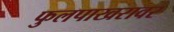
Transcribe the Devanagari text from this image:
फुलपाखरावर